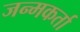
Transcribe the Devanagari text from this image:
जन्मकर्ता